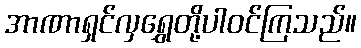
အာဏာရှင်လှရွှေတို့ပါဝင်ကြသည်။